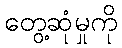
တွေ့ဆုံမှုကို